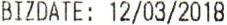
BIZDATE: 12/03/2018